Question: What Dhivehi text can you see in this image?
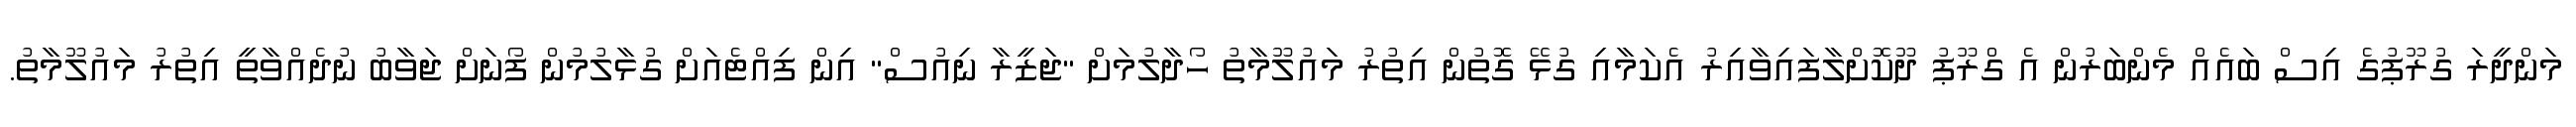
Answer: މަންދީރަ ގުރޫޕުގެ އިސް ބައެއް މެންބަރުން އެ ގްރޫޕު ދޫކޮށްލާފައިވާއިރު އެކަމާއި ގުޅޭ ގޮތުން އިތުރު މައުލޫމާތު ހޯދާލުމަށް "ޖަޒީރާ ނިއުސް" އިން ފިއްޓެއަށް ގުޅާލުމުން ފޯނަށް ޖަވާބު ނުދެއްވާތީ އިތުރު މައުލޫމާތު.